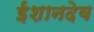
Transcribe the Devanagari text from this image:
ईशानदेव